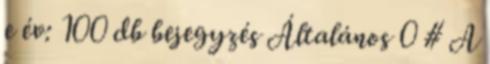
e év: 100 db bejegyzés Általános 0 # A